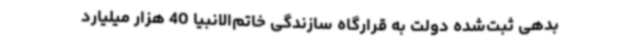
بدهی ثبت‌شده دولت به قرارگاه سازندگی خاتم‌الانبیا 40 هزار میلیارد